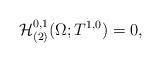
LaTeX: \begin{align*}\mathcal{H}_{(2)}^{0,1}(\Omega;T^{1,0})=0,\end{align*}